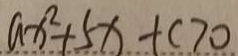
a x ^ { 2 } + 5 x + c > 0